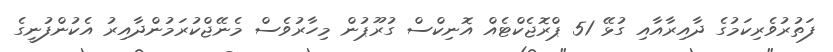
ފަތުރުވެރިކަމުގެ ދާއިރާއާއި ގުޅޭ 51 ޕްރޮޖެކްޓެއް އޮނިކްސް ގުރޫޕުން މިހާރުވެސް މެނޭޖްކުރަމުންދާއިރު އެކުންފުނީގެ